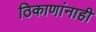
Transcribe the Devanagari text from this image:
ठिकाणांनाही